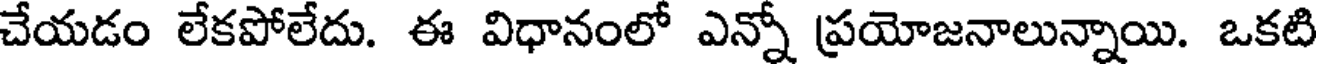
చేయడం లేకపోలేదు. ఈ విధానంలో ఎన్నో ప్రయోజనాలున్నాయి. ఒకటి